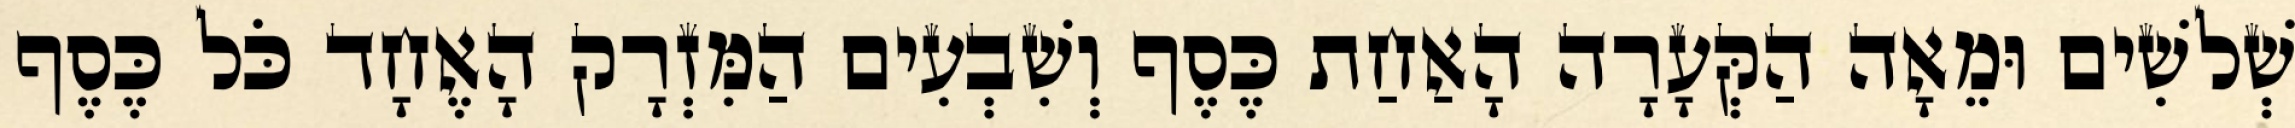
שְׁלשִׁים וּמֵאָה הַקְּעָרָה הָאַחַת כֶּסֶף וְשִׁבְעִים הַמִּזְרָק הָאֶחָד כֹּל כֶּסֶף